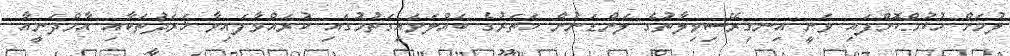
ލުމަށް ހުކުމްކޮށްފައި ވަނީ އިނގިރޭސިވިލާތުގެ ލަންޑަނުން ހަތަރުގެ ބައްލަވައިގަތުމުގައި ކުރައްވާފައިވާ ޚަރަދުތަކާއި އާމްދަނީއާ